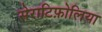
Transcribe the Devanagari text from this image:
सेराटिफ़ोलिया